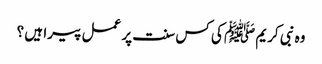
وہ نبی کریم ﷺ کی کس سنت پر عمل پیرا ہیں ؟